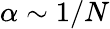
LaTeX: \alpha\sim 1/N